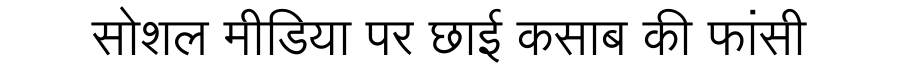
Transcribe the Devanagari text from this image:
सोशल मीडिया पर छाई कसाब की फांसी